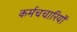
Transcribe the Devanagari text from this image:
कर्मचचारियों